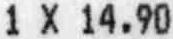
1 X 14.90